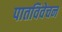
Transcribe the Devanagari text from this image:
पातविवेचन